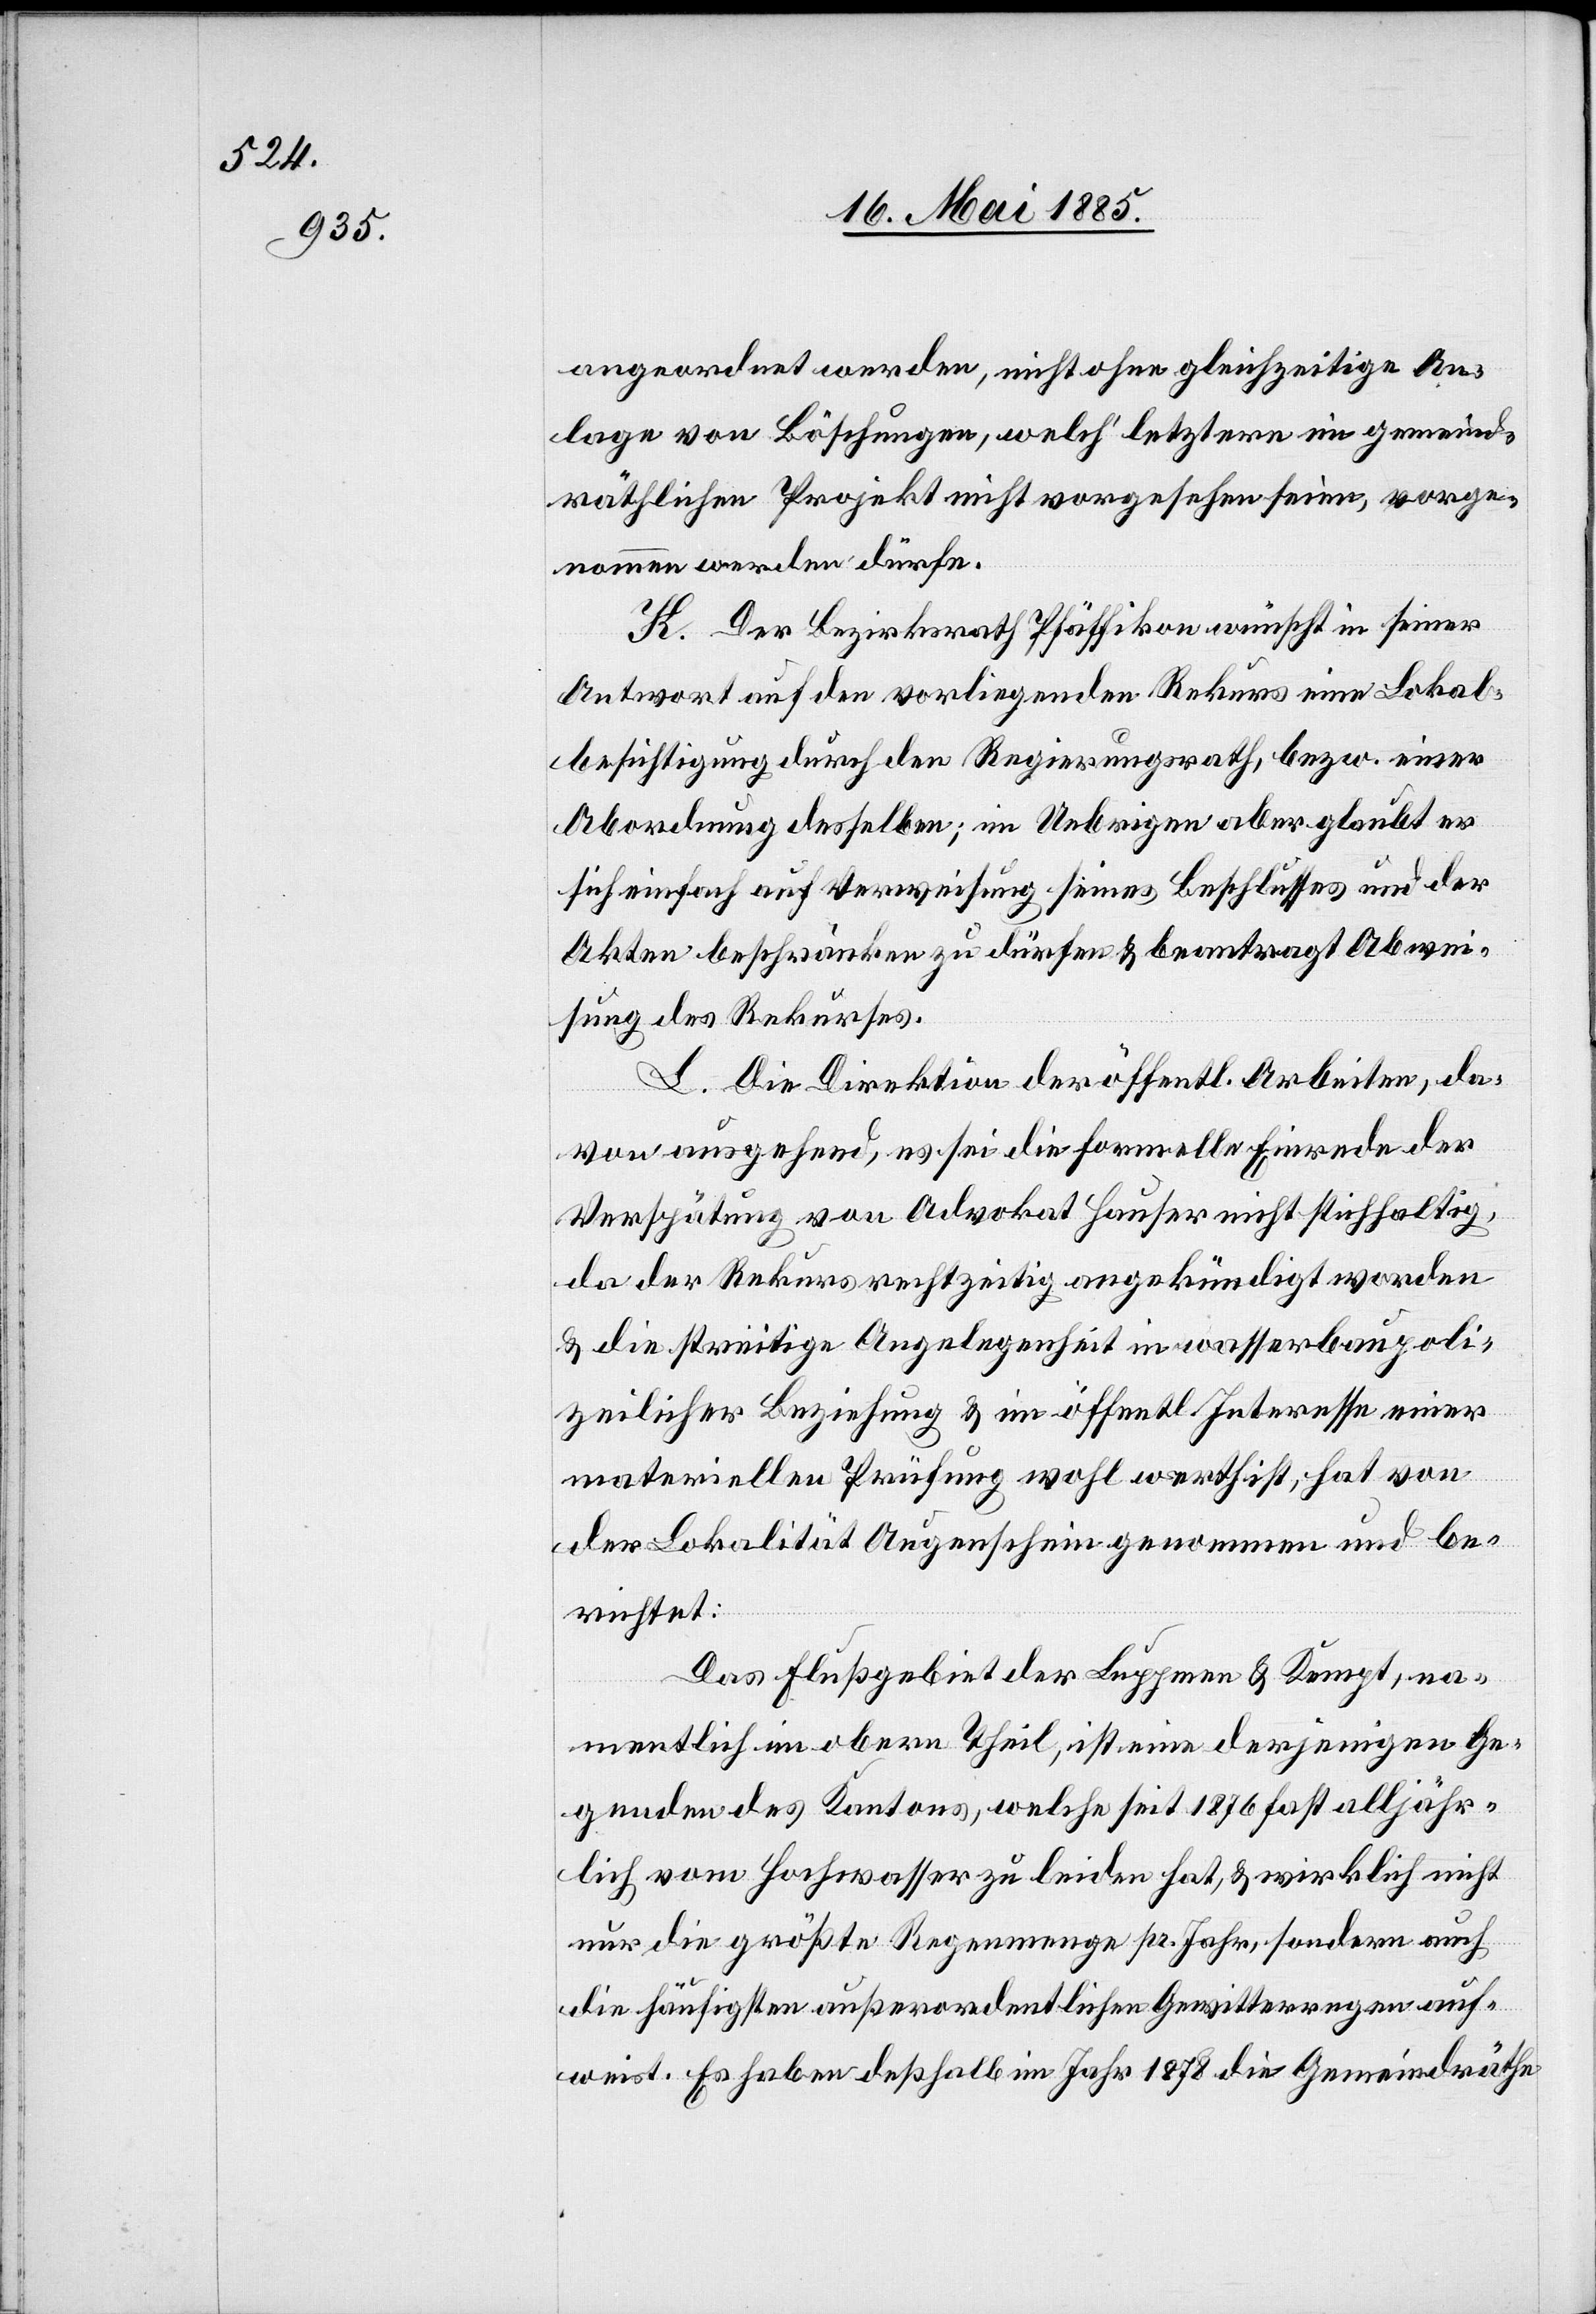
angeordnet werden, nicht ohne gleichzeitige An¬
lage von Böschungen, welch’ letztere im gemeind¬
räthlichen Projekt nicht vorgesehen seien, vorge¬
nommen werden dürfe.
K. Der Bezirksrath Pfäffikon wünscht in seiner
Antwort auf den vorliegenden Rekurs eine Lokal¬
besichtigung durch den Regierungsrath, bezw. einer
Abordnung desselben; im Uebrigen aber glaubt er
sich einfach auf Verweisung seines Beschlusses und der
Akten beschränken zu dürfen & beantragt Abwei¬
sung des Rekurses.
L. Die Direktion der öffentl. Arbeiten, da¬
von ausgehend, es sei die formelle Einrede der
Verspätung von Advokat Hauser nicht stichhaltig,
da der Rekurs rechtzeitig angekündigt worden
& die streitige Angelegenheit in wasserbaupoli¬
zeilicher Beziehung & im öffentl. Interesse einer
materiellen Prüfung wohl werth ist, hat von
der Lokalität Augenschein genommen und be¬
richtet:
Das Flußgebiet der Luppmen & Kempt, na¬
mentlich im obern Theil, ist eine derjenigen Ge¬
genden des Kantons, welche seit 1876 fast alljähr¬
lich vom Hochwasser zu leiden hat, & wirklich nicht
nur die größte Regenmenge pr. Jahr, sondern auch
die häufigsten außerordentlichen Gewitterungen auf¬
weist. Es haben deßhalb im Jahr 1878 die Gemeindräthe